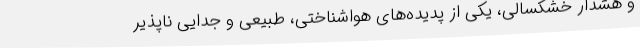
و هشدار خشکسالی، یکی از پدیده‌های هواشناختی، طبیعی و جدایی ناپذیر